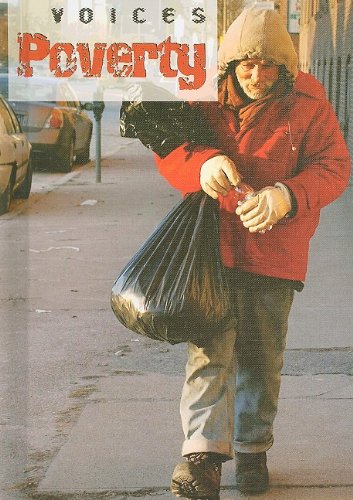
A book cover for Poverty (Voices); Clive Gifford; Teen & Young Adult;